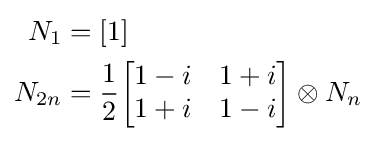
{\begin{alignedat}{2}N_{1}&=[1]\\N_{2n}&={\frac {1}{2}}{\begin{bmatrix}1-i&1+i\\1+i&1-i\end{bmatrix}}\otimes N_{n}\\\end{alignedat}}